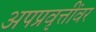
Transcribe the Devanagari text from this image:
अपप्रवृत्तींवर